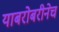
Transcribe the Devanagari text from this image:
याबरोबरीनेच